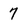
Character: 7